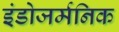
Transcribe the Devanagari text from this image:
इंडोजर्मनिक